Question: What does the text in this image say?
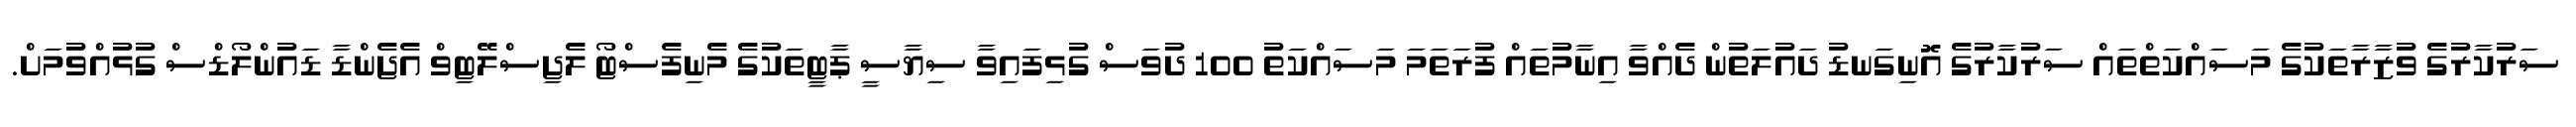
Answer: ސަރުކާރުގެ ވުޒާރާތަކުގެ މަސައްކަތްތައް ސަރުކާރުގެ އޮނިގަނޑު ދައުލަތުން ދެއްވާ އިނާމުތައް ފުރަތަމަ މަސައްކަތު 100 ދުވަސް ގުޅިފައިވާ ސިޔާސީ ޕާޓީތަކުގެ މެނިފެސްޓޯ ލެޖިސްލޭޓިވް އެޖެންޑާ ޑައުންލޯޑްސް ގުޅުއްވުމަށް.